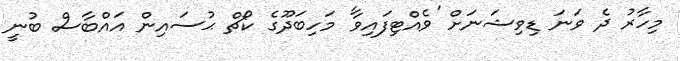
މިހާރު ދެ ވަނަ ޑިވިޝަނަށް 'ވެއްޓިފައިވާ' މަހިބަދޫގެ ކޯޗް ޙުސައިން އައްބާސް ބުނީ